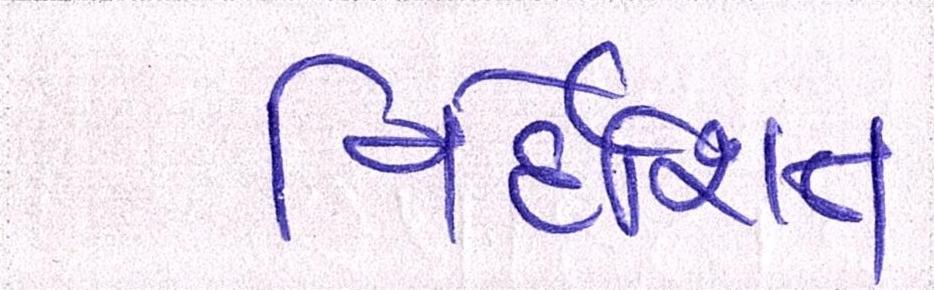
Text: નિર્દેશિત